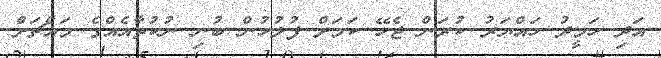
އަދި ހަމީދު ހައްޔަރު ކުރަން ޖެހޭ ކަމަށް ފުލުހުން ބުނި ނުކުތާއެއްގެ މައްޗަށް